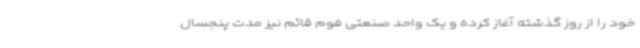
خود را از روز گذشته آغاز کرده و یک واحد صنعتی فوم قائم نیز مدت پنجسال